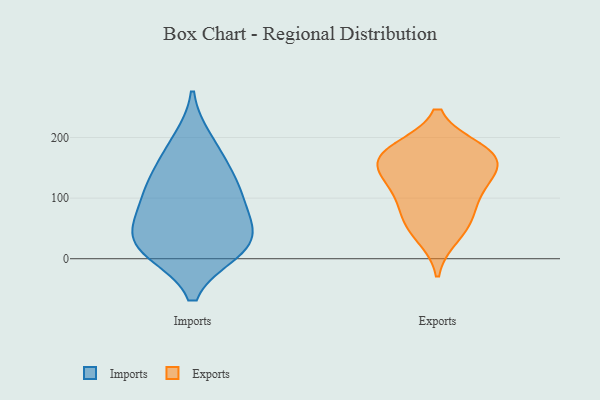
{"axis": {"x": "Revenue (USD Million)", "y": "Value"}, "legend": ["Exports", "Imports"], "data": [{"x": "", "y": 105, "type": "Imports"}, {"x": "", "y": 53, "type": "Imports"}, {"x": "", "y": 13, "type": "Imports"}, {"x": "", "y": 34, "type": "Imports"}, {"x": "", "y": 14, "type": "Imports"}, {"x": "", "y": 162, "type": "Imports"}, {"x": "", "y": 109, "type": "Imports"}, {"x": "", "y": 66, "type": "Imports"}, {"x": "", "y": 19, "type": "Imports"}, {"x": "", "y": 126, "type": "Imports"}, {"x": "", "y": 194, "type": "Imports"}, {"x": "", "y": 108, "type": "Exports"}, {"x": "", "y": 145, "type": "Exports"}, {"x": "", "y": 145, "type": "Exports"}, {"x": "", "y": 180, "type": "Exports"}, {"x": "", "y": 114, "type": "Exports"}, {"x": "", "y": 72, "type": "Exports"}, {"x": "", "y": 37, "type": "Exports"}, {"x": "", "y": 170, "type": "Exports"}, {"x": "", "y": 61, "type": "Exports"}, {"x": "", "y": 167, "type": "Exports"}, {"x": "", "y": 178, "type": "Exports"}]}